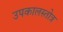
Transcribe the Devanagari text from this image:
उपकालस्तोत्र